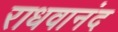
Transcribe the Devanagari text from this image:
राधवानंद